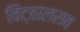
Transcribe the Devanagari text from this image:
विट्ठालराव